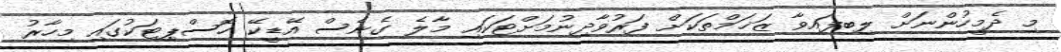
މި ދެމީހުންނަށް ލިބިފައިވާ ޒަޚަމްތަކަށް ފަރުވާދިނުމަށްޓަކައި މާލެ ގެނެސް އޭޑީކޭ ހޮސްޕިޓަކުގައި މިހާރު